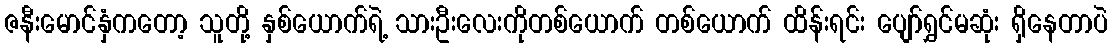
ဇနီးမောင်နှံကတော့ သူတို့ နှစ်ယောက်ရဲ့ သားဦးလေးကိုတစ်ယောက် တစ်ယောက် ထိန်းရင်း ပျော်ရွှင်မဆုံး ရှိနေတာပဲ